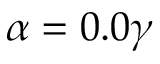
\alpha = 0 . 0 \gamma